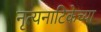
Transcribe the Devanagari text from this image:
नृत्यनाटिकेच्या